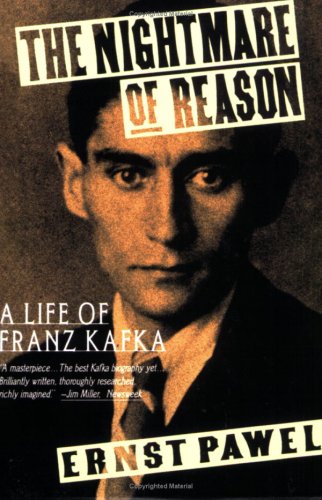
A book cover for The Nightmare of Reason: A Life of Franz Kafka; Ernst Pawel; Biographies & Memoirs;